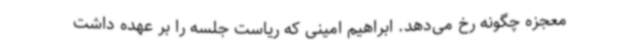
معجزه چگونه رخ می‌دهد. ابراهیم امینی که ریاست جلسه را بر عهده داشت